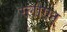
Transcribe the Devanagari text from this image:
स्लोएन